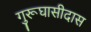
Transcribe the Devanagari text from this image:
गुरूघासीदास